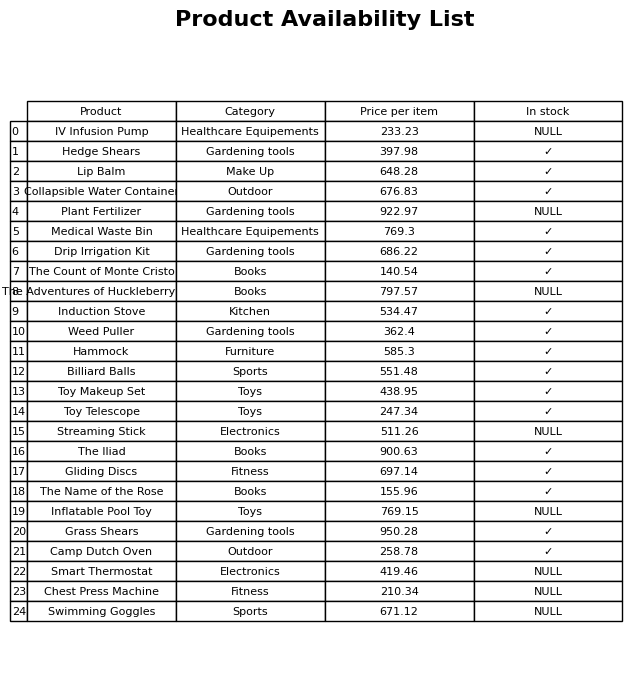
question: What is the stock status of the Inflatable Pool Toy?
answer: NULL